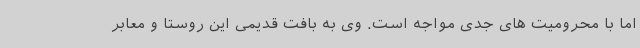
اما با محرومیت های جدی مواجه است. وی به بافت قدیمی این روستا و معابر